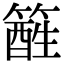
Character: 𥴑